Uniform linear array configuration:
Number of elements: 12
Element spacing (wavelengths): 0.5
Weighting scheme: hamming
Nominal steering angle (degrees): -30
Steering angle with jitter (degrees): -29.913
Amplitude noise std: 0.05
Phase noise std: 0.05

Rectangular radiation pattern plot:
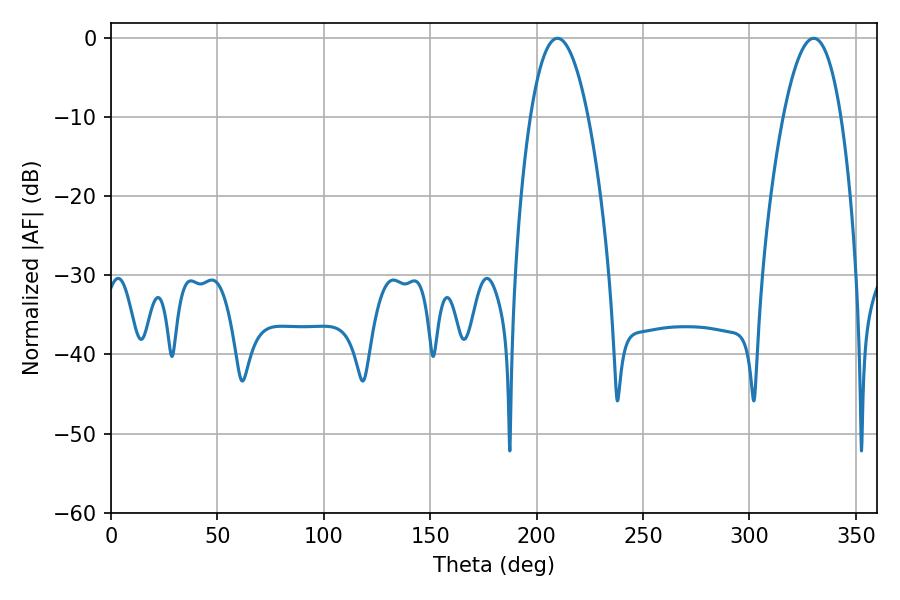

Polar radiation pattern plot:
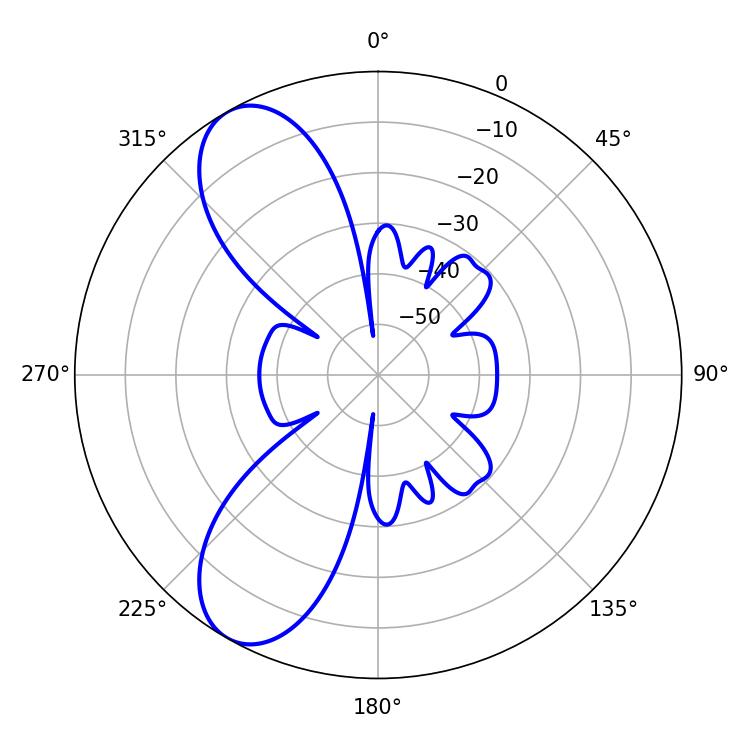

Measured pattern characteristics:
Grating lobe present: FALSE
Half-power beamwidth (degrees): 15.12
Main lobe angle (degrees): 209.88